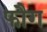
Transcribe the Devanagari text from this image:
फौग